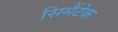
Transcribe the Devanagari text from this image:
सिमैंटेक